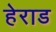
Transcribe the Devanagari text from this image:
हेराड